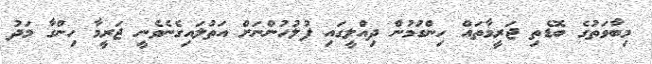
މިބާވަތުގެ ބޮޑެތި ޖަރީމާތައް ހިންގުމުން ދިއްލީގައި ފުލުހުންނަށް އަތުލައިގެނެވެނީ ޖަރީމާ ހިންގާ މަދު